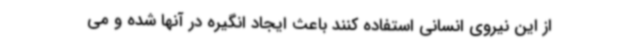
از این نیروی انسانی استفاده کنند باعث ایجاد انگیره در آنها شده و می